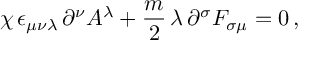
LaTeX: \chi \, \epsilon _ { \mu \nu \lambda } \, \partial ^ { \nu } A ^ { \lambda } + \frac { m } { 2 } \, \lambda \, \partial ^ { \sigma } F _ { \sigma \mu } = 0 \, ,